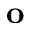
\mathbf { o }